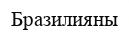
Бразилияны